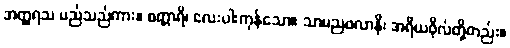
အတ္ထရသ မည်သည်ကား။ စတ္တာရိ၊ လေးပါးကုန်သော။ သာမညဖလာနိ၊ အရိယဖိုလ်တို့တည်း။